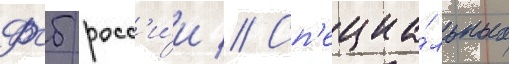
Фсб росс'и́и // Сп'ециа́льных